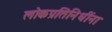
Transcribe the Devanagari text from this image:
लोकप्रतिनिधींना